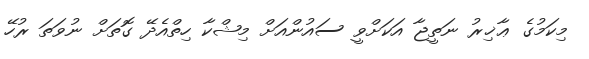
މިކަމުގެ ޢާޚިރު ނަތީޖާ އަކަށްވީ ސައުންއަށް މިޝްކާ ހިތްއެދޭ ގޮތަށް ނުވަތަ ރުހޭ